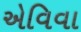
એવિવા